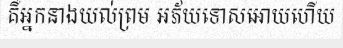
គឺអ្នកនាងយល់ព្រម អភ័យទោសអោយហើយ